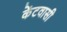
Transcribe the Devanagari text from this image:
केंटवासी